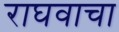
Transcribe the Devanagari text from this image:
राघवाचा